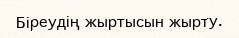
Біреудің жыртысын жырту.